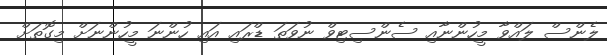
ލެންސް ލައްވާ މީހުންނާއި ސެންސިޓިވް ނުވަތަ ޑްރައި އައި ހުންނަ މީހުންނަށް މިގޮތަށް